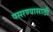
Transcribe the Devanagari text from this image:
पसरण्यासाठी